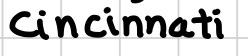
Text: Cincinnati
Cross-out: clean
Writing tool: digital_black